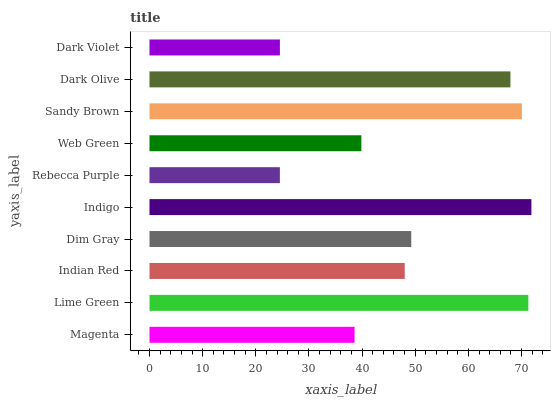
| yaxis_label | bars |
 | --- | --- |
 | Magenta | 38.6 |
 | Lime Green | 71.3 |
 | Indian Red | 48 |
 | Dim Gray | 49.2 |
 | Indigo | 71.9 |
 | Rebecca Purple | 24.5 |
 | Web Green | 39.9 |
 | Sandy Brown | 70.1 |
 | Dark Olive | 67.9 |
 | Dark Violet | 24.5 |